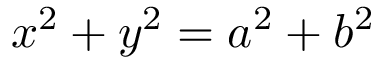
x ^ { 2 } + y ^ { 2 } = a ^ { 2 } + b ^ { 2 }